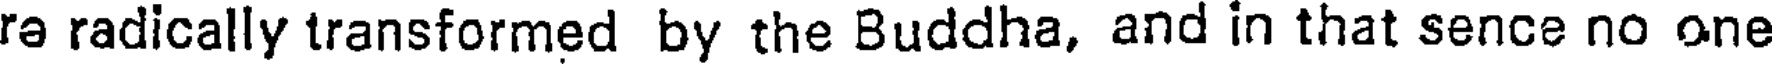
ra radically transformed by the Buddha, and in that sence no one